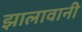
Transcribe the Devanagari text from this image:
झालावानी